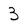
Character: 3